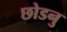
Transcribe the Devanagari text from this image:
छोडनु